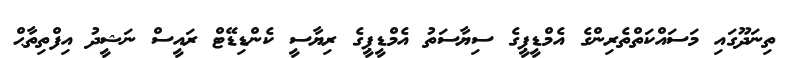
ތިނަދޫގައި މަސައްކަތްތެރިންގެ އެމްޑީޕީގެ ސިޔާސަތު އެމްޑީޕީގެ ރިޔާސީ ކެންޑިޑޭޓް ރައީސް ނަޝީދު އިފްތިތާޙް